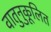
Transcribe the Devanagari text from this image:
वातुनुकूलित